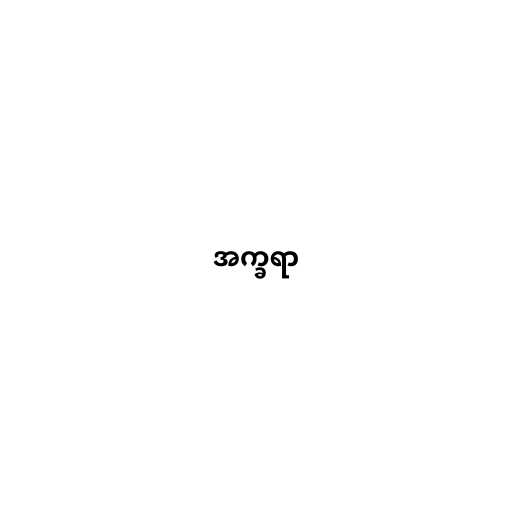
အက္ခရာ